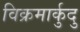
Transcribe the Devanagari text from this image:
विक्रमार्कुदु